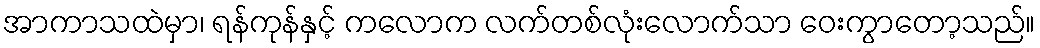
အာကာသထဲမှာ၊ ရန်ကုန်နှင့် ကလောက လက်တစ်လုံးလောက်သာ ဝေးကွာတော့သည်။